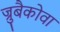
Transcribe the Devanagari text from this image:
ज्रुबैकोवा